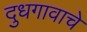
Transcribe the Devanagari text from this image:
दुधगावाचे